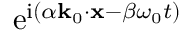
\mathrm { e } ^ { \mathrm { i } ( \alpha \mathbf { k } _ { 0 } \cdot \mathbf { x } - \beta \omega _ { 0 } t ) }